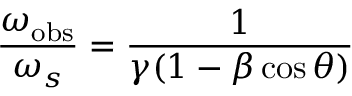
{ \frac { \omega _ { \mathrm { o b s } } } { \omega _ { s } } } = { \frac { 1 } { \gamma ( 1 - \beta \cos \theta ) } }